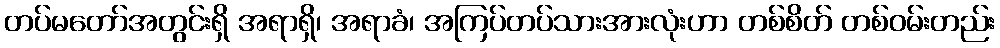
တပ်မတော်အတွင်းရှိ အရာရှိ၊ အရာခံ၊ အကြပ်တပ်သားအားလုံးဟာ တစ်စိတ် တစ်ဝမ်းတည်း